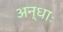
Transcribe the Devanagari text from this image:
अन्धाः